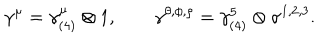
\gamma ^ { \mu } = \gamma _ { ( 4 ) } ^ { \mu } \otimes 1 , \qquad \gamma ^ { \theta , \phi , \rho } = \gamma _ { ( 4 ) } ^ { 5 } \otimes \sigma ^ { 1 , 2 , 3 } .